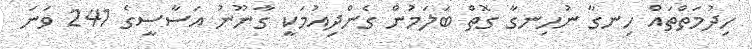
ހިދުމަތްތައް ހިނގާ ނުހިނގާ ގޮތް ބަލަމުން ގެންދިއުމަކީ ގާނޫނު އަސާސީގެ 241 ވަނަ